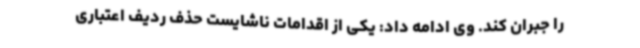
را جبران کند. وی ادامه داد: یکی از اقدامات ناشایست حذف ردیف اعتباری